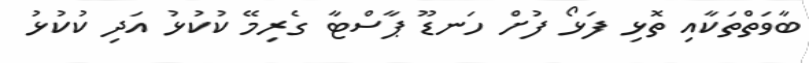
ބާވަތްތަކާއި ތޮޅި ފަޅޯ ފުށް ހަނޑޫ ޕާސްޓާ ގެރިމޭ ކުކުޅު އަދި ކުކުޅު